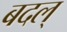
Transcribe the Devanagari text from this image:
बदल्